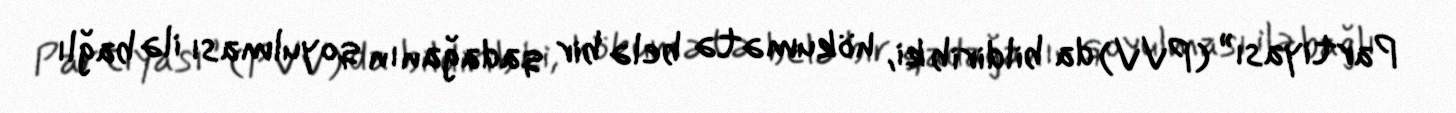
Partiyası” (PVV) da bildirib ki, hökumətə belə bir qadağanın qoyulması ilə bağlı